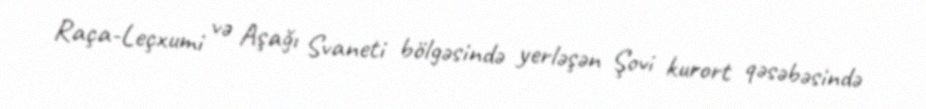
Raça-Leçxumi və Aşağı Svaneti bölgəsində yerləşən Şovi kurort qəsəbəsində